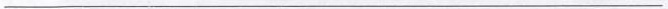
___